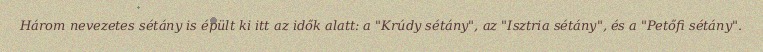
Három nevezetes sétány is épült ki itt az idők alatt: a "Krúdy sétány", az "Isztria sétány", és a "Petőfi sétány".